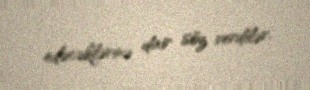
edəcəklərinə dair söz verdilər.